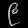
Digit: ၉